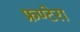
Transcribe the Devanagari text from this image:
फ्रण्टेरा